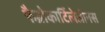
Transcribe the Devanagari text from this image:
फैब्रोकार्टिलेजीनस